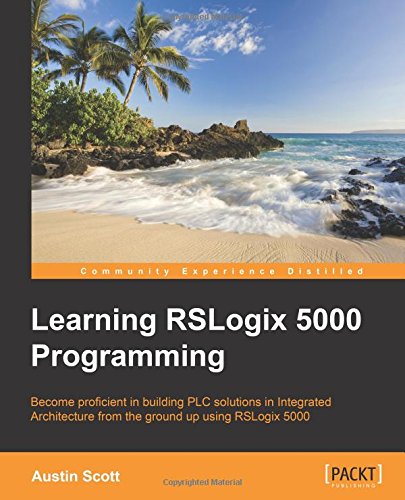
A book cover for Learning RSLogix 5000 Programming; Austin Scott; Computers & Technology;